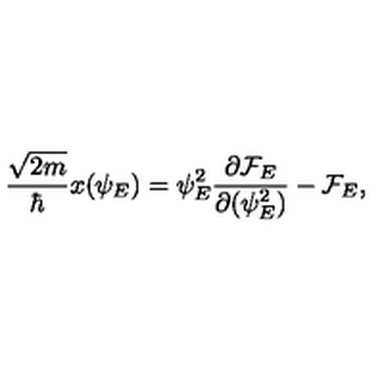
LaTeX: { \frac { \sqrt { 2 m } } { \hbar } } x ( \psi _ { E } ) = { \psi _ { E } ^ { 2 } } { \frac { \partial { \cal F } _ { E } } { \partial ( \psi _ { E } ^ { 2 } ) } } - { \cal F } _ { E } ,